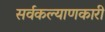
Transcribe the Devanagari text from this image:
सर्वकल्याणकारी